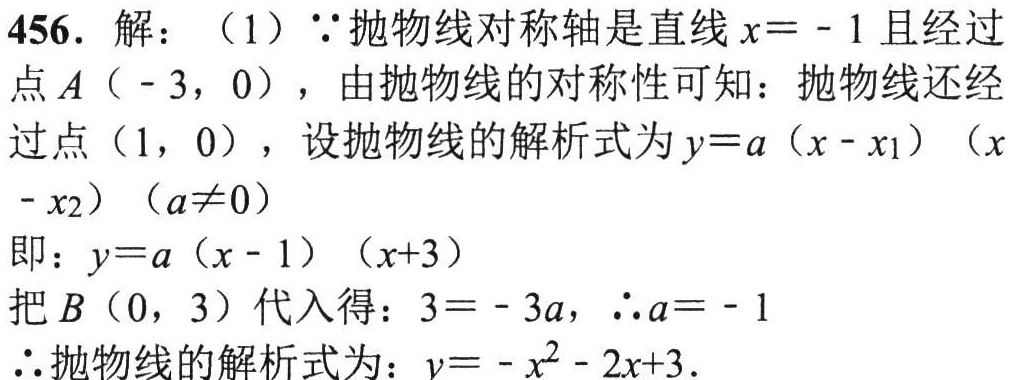
456. 解：（1）\(\because\)抛物线对称轴是直线\(x = - 1\)且经过
点\(A(-3,0)\)，由抛物线的对称性可知：抛物线还经
过点\((1,0)\)，设抛物线的解析式为\(y = a(x - x_{1})(x - x_{2})(a\neq0)\)
即：\(y = a(x - 1)(x + 3)\)
把\(B(0,3)\)代入得：\(3=-3a\)，\(\therefore a = - 1\)
\(\therefore\)抛物线的解析式为：\(y=-x^{2}-2x + 3\).